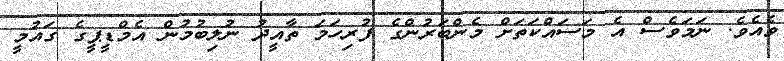
ވެއެވެ. ނަަމަވެސް އެ މަސައްކަތަށް މެންބަރުންގެ ފުރިހަމަ ތާއީދު ނުލިބުމުން އެމްޑީޕީގެ ގައުމީ